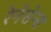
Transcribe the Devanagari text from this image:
रेनेसेन्स